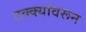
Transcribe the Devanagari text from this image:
टक्‍क्‍यांवरून